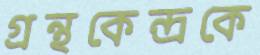
গ্রন্থকেন্দ্রকে